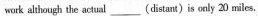
work although the actual ___ (distant) is only 20 miles.